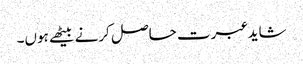
شاید عبرت حاصل کرنے بیٹھے ہوں۔